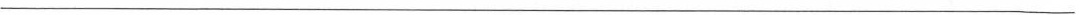
___